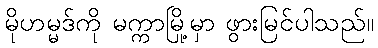
မိုဟမ္မဒ်ကို မက္ကာမြို့မှာ ဖွားမြင်ပါသည်။